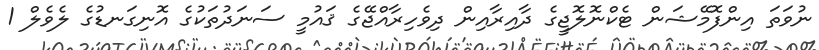
ނުވަތަ އިންފޮމޭޝަން ޓެކްނޮލޮޖީގެ ދާއިރާއިން ދިވެހިރާއްޖޭގެ ޤައުމީ ސަނަދުތަކުގެ އޮނިގަނޑުގެ ލެވެލް 1